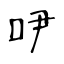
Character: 吚